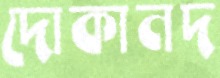
দোকানদ